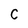
Character: C